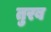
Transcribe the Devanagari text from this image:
तुरब